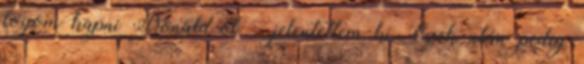
fogom kapni Donald-ot – jelentettem ki. Ezek után pedig